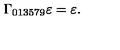
\Gamma _ { 0 1 3 5 7 9 } \varepsilon = \varepsilon .